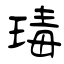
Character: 瑇